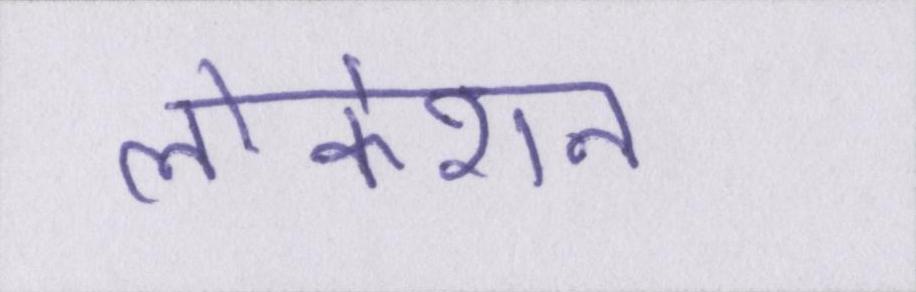
लोकेशन